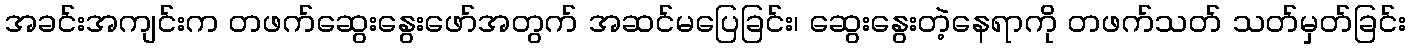
အခင်းအကျင်းက တဖက်ဆွေးနွေးဖော်အတွက် အဆင်မပြေခြင်း၊ ဆွေးနွေးတဲ့နေရာကို တဖက်သတ် သတ်မှတ်ခြင်း